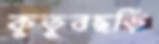
কুতুবছড়ি